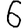
Digit: 6